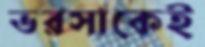
ভরসাকেই